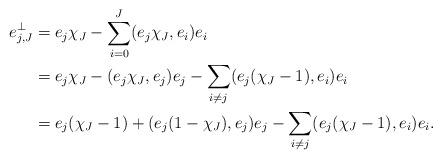
LaTeX: \begin{align*} e_{j,J}^\bot &= e_j\chi_J - \sum_{i=0}^J (e_j\chi_J,e_i)e_i \\ &= e_j\chi_J - (e_j\chi_J,e_j)e_j - \sum_{i\not=j} (e_j(\chi_J-1),e_i)e_i \\ &= e_j(\chi_J-1) + (e_j(1-\chi_J),e_j)e_j - \sum_{i\not=j} (e_j(\chi_J-1),e_i)e_i. \end{align*}